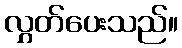
လွှတ်ပေးသည်။